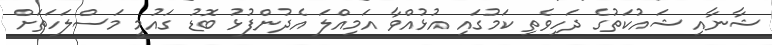
ޝާނާއި ޝައުކަތުގެ ދަހިވެތި ކަމުގައި އުޅުއްވާ އަމިއްލަ އެދުންފުޅު ބޮޑު ގައުމީ މަސްލަހަތަށް